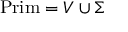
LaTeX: { \mathrm { P r i m } } = V \cup \Sigma